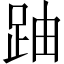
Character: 𲃛